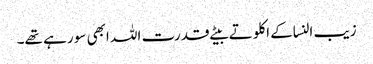
زیب النساکے اکلوتے بیٹے قدرت اللہ ابھی سو رہے تھے۔